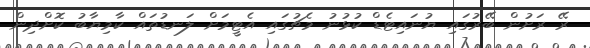
ރޭ ރަށުން ބޭރުގައި ޔުނައިޓެޑް ކުޅުނު މެޗުގައި އެޓީމަށް ލަނޑުތައް ކާމިޔާބު ކޮށްދިން